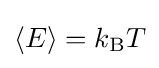
\langle E\rangle =k_{\text{B}}T